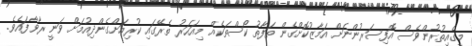
މީގެއިތުރުންވެސް އޮފިސަރުންނަށް އަމާޒުކޮށްގެން ތަފާތު ކޯސްތަކެއް މިއަހަރު ތެރޭގައި ކުރިއަށްގެންދިއުމަށް ވަނީ ރާވާފައެވެ.